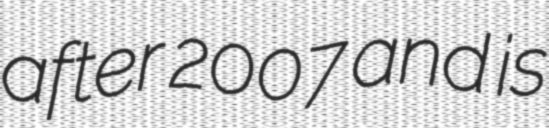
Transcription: after 2007 and is